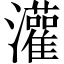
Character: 灌